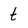
Character: t